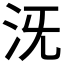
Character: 𣲪